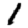
Digit: 1